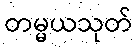
တမ္မယသုတ်